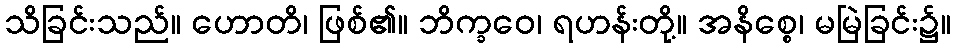
သိခြင်းသည်။ ဟောတိ၊ ဖြစ်၏။ ဘိက္ခဝေ၊ ရဟန်းတို့။ အနိစ္စေ၊ မမြဲခြင်း၌။